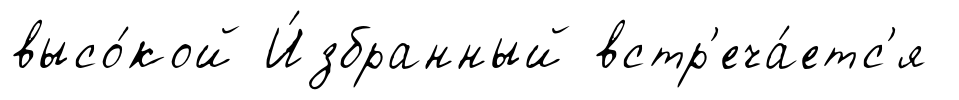
высо́кой И́збранный встр'еча́етс'я